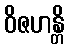
ဝိဇဟန္တိ